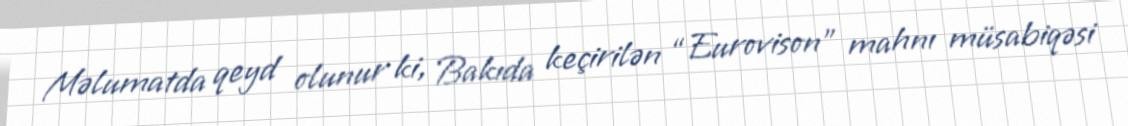
Məlumatda qeyd olunur ki, Bakıda keçirilən “Eurovison” mahnı müsabiqəsi